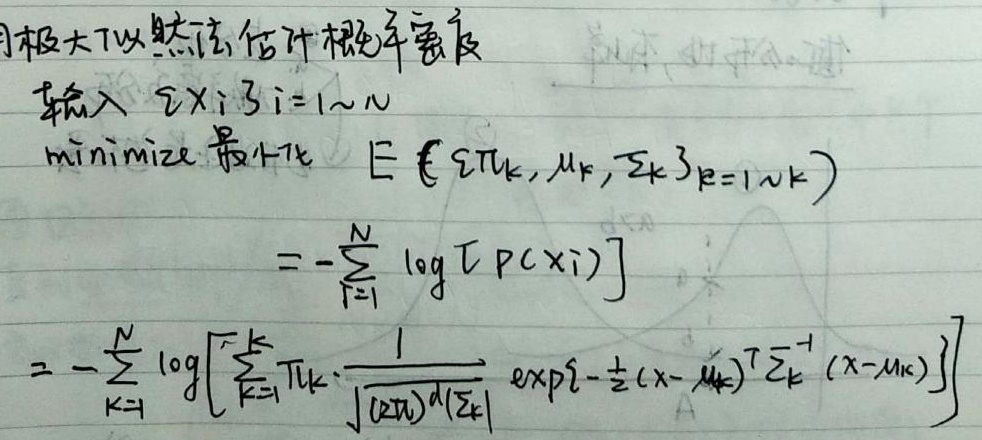
用极大似然法估计概率密度，输入\(\{x_i\}_{i = 1\sim N}\)，minimize（最小化）\(E(\{\pi_k,\mu_k,\Sigma_k\}_{k = 1\sim K})\)，即：
\[\begin{align*}
E(\{\pi_k,\mu_k,\Sigma_k\}_{k = 1\sim K})&=-\sum_{i = 1}^{N}\log [p(x_i)]\\
&=-\sum_{i = 1}^{N}\log\left[\sum_{k = 1}^{K}\pi_k\cdot\frac{1}{\sqrt{(2\pi)^d|\Sigma_k|}}\exp\left\{-\frac{1}{2}(x_i - \mu_k)^T\Sigma_k^{-1}(x_i - \mu_k)\right\}\right]
\end{align*}\]